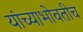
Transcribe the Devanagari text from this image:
यांच्याभोवतीच